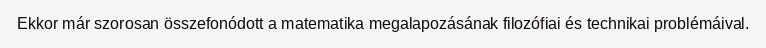
Ekkor már szorosan összefonódott a matematika megalapozásának filozófiai és technikai problémáival.